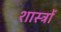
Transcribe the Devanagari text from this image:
शास्त्राें